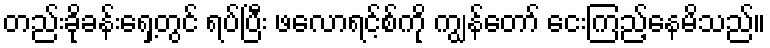
တည်းခိုခန်းရှေ့တွင် ရပ်ပြီး ဖလောရင့်စ်ကို ကျွန်တော် ငေးကြည့်နေမိသည်။